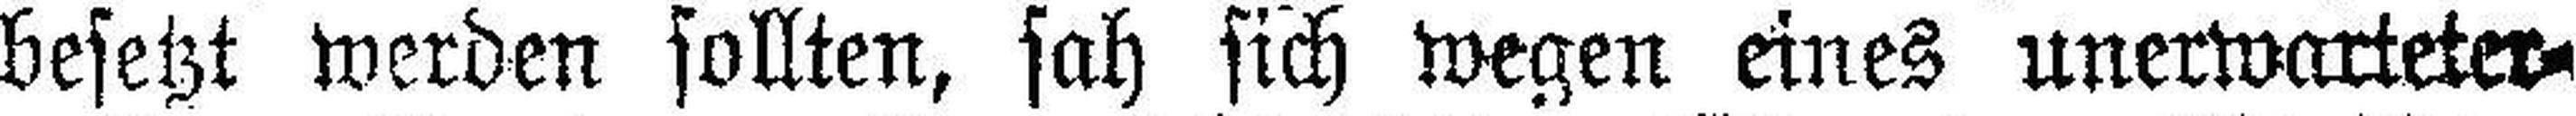
besetzt werden sollten, sah sich wegen eines unerwarteter¬